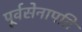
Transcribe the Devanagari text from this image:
पूर्वसेनापति